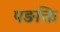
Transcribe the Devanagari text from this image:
पङक्ति